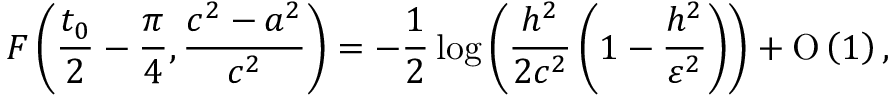
F \left( \frac { t _ { 0 } } { 2 } - \frac { \pi } { 4 } , \frac { c ^ { 2 } - a ^ { 2 } } { c ^ { 2 } } \right) = - \frac { 1 } { 2 } \log { \left( \frac { h ^ { 2 } } { 2 c ^ { 2 } } \left( 1 - \frac { h ^ { 2 } } { \varepsilon ^ { 2 } } \right) \right) } + \ensuremath { \operatorname { O } \left( 1 \right) } ,